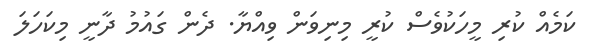
ކަމެއް ކުރި މީހަކުވެސް ކުރީ މިނިވަން ވިއްޔާ. ދެން ގައުމު ދާނީ މިކަހަލަ